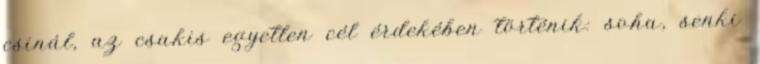
csinál, az csakis egyetlen cél érdekében történik: soha, senki